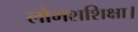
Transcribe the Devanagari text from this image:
लोमशशिक्षा।